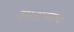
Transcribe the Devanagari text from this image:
साहाय्यच